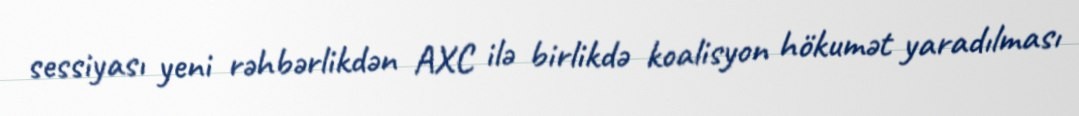
sessiyası yeni rəhbərlikdən AXC ilə birlikdə koalisyon hökumət yaradılması